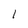
Character: 1